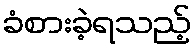
ခံစားခဲ့ရသည့်